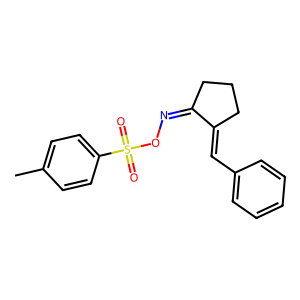
SMILES: Cc1ccc(S(=O)(=O)ON=C2CCCC2=Cc2ccccc2)cc1
Inhibits HIV replication: No